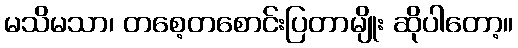
မသိမသာ၊ တစေ့တစောင်းပြတာမျိုး ဆိုပါတော့။